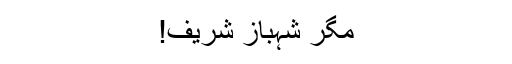
مگر شہباز شریف!